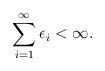
LaTeX: \begin{align*}\sum_{i=1}^{\infty} \epsilon_i < \infty . \end{align*}